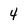
Character: 4